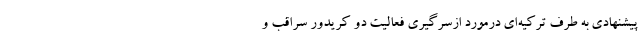
پیشنهادی به طرف ترکیه‌ای درمورد ازسرگیری فعالیت دو کریدور سراقب و